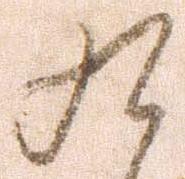
九